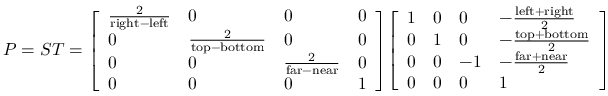
P = S T = { \left[ \begin{array} { l l l l } { { \frac { 2 } { { \mathrm { r i g h t } } - { \mathrm { l e f t } } } } } & { 0 } & { 0 } & { 0 } \\ { 0 } & { { \frac { 2 } { { \mathrm { t o p } } - { \mathrm { b o t t o m } } } } } & { 0 } & { 0 } \\ { 0 } & { 0 } & { { \frac { 2 } { { \mathrm { f a r } } - { \mathrm { n e a r } } } } } & { 0 } \\ { 0 } & { 0 } & { 0 } & { 1 } \end{array} \right] } { \left[ \begin{array} { l l l l } { 1 } & { 0 } & { 0 } & { - { \frac { { \mathrm { l e f t } } + { \mathrm { r i g h t } } } { 2 } } } \\ { 0 } & { 1 } & { 0 } & { - { \frac { { \mathrm { t o p } } + { \mathrm { b o t t o m } } } { 2 } } } \\ { 0 } & { 0 } & { - 1 } & { - { \frac { { \mathrm { f a r } } + { \mathrm { n e a r } } } { 2 } } } \\ { 0 } & { 0 } & { 0 } & { 1 } \end{array} \right] }